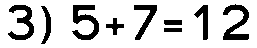
3) 5+7=12